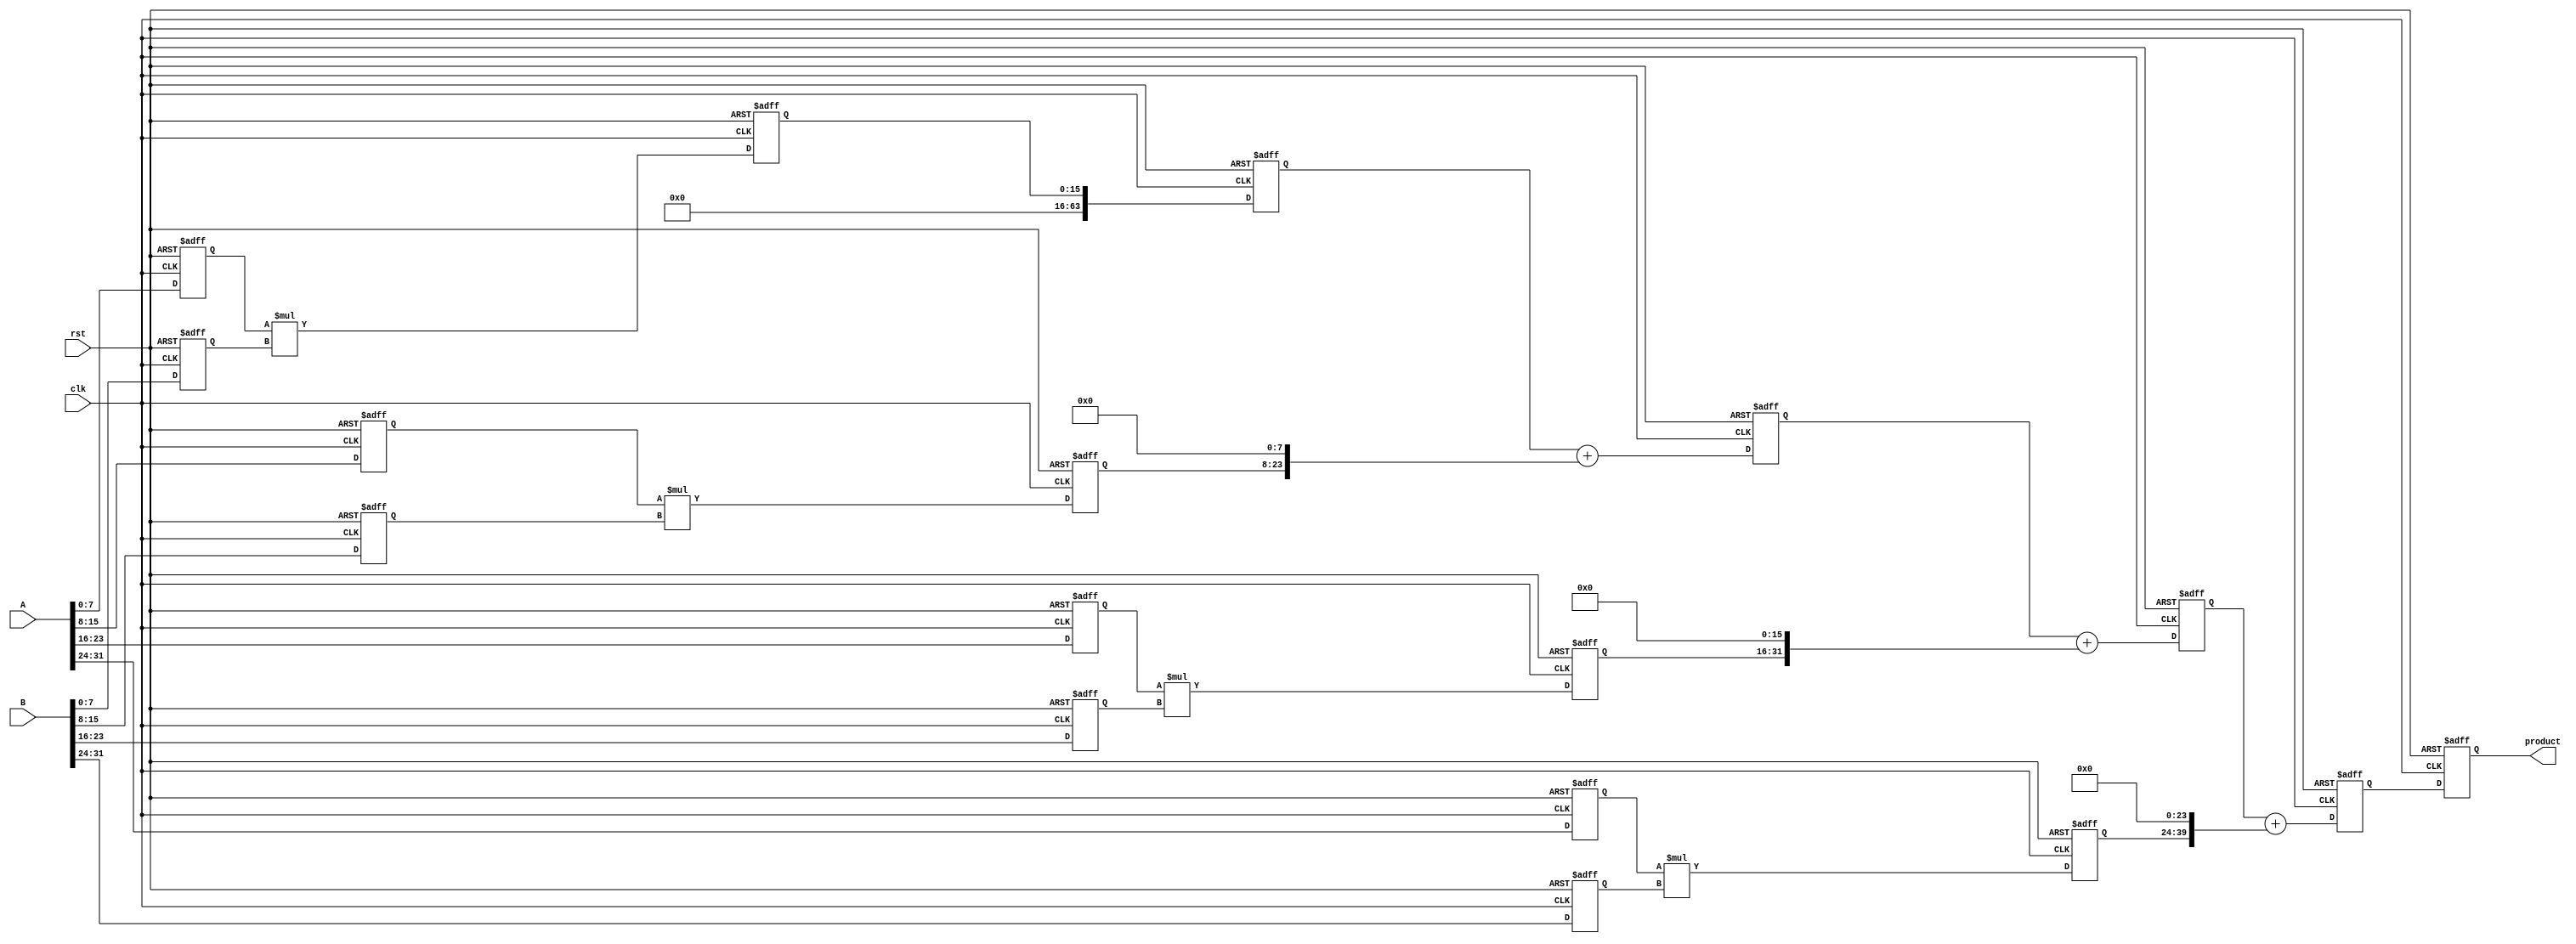
module pipelined_sliced_multiplier #(parameter N = 32, parameter M = 4) (
    input clk,
    input rst,
    input [N-1:0] A,
    input [N-1:0] B,
    output reg [2*N-1:0] product
);

    localparam SLICE_WIDTH = N / M;
    reg [SLICE_WIDTH-1:0] A_slices[M-1:0];
    reg [SLICE_WIDTH-1:0] B_slices[M-1:0];
    reg [2*SLICE_WIDTH-1:0] partial_products[M-1:0];
    reg [2*N-1:0] intermediate_results[M-1:0];

    // Slicing the inputs
    integer i;
    always @(posedge clk or posedge rst) begin
        if (rst) begin
            for (i = 0; i < M; i = i + 1) begin
                A_slices[i] <= 0;
                B_slices[i] <= 0;
                partial_products[i] <= 0;
                intermediate_results[i] <= 0;
            end
            product <= 0;
        end else begin
            // Slice the inputs
            for (i = 0; i < M; i = i + 1) begin
                A_slices[i] <= A[(i+1)*SLICE_WIDTH-1 -: SLICE_WIDTH];
                B_slices[i] <= B[(i+1)*SLICE_WIDTH-1 -: SLICE_WIDTH];
            end
            
            // Slice Multiplication
            for (i = 0; i < M; i = i + 1) begin
                partial_products[i] <= A_slices[i] * B_slices[i];
            end
            
            // Partial Product Generation and Addition
            intermediate_results[0] <= partial_products[0];
            for (i = 1; i < M; i = i + 1) begin
                intermediate_results[i] <= intermediate_results[i-1] + (partial_products[i] << (i * SLICE_WIDTH));
            end
            
            // Final product assignment
            product <= intermediate_results[M-1];
        end
    end
endmodule